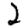
Digit: 2